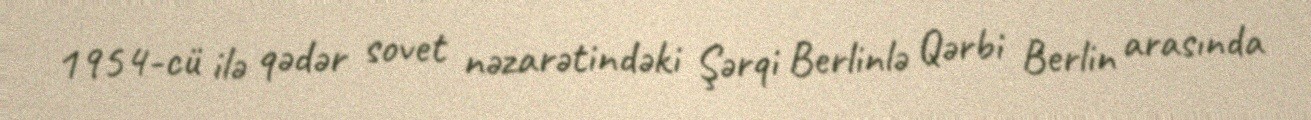
1954-cü ilə qədər sovet nəzarətindəki Şərqi Berlinlə Qərbi Berlin arasında